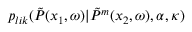
p _ { l i k } ( \Tilde { P } ( x _ { 1 } , \omega ) | \Tilde { P } ^ { m } ( x _ { 2 } , \omega ) , \alpha , \kappa )